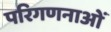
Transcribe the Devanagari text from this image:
परिगणनाओं